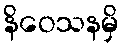
နိဝေသနမှိ